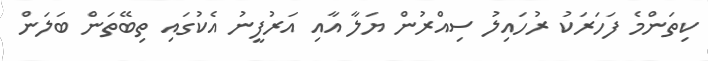
ކިތަންމެ ފަހަރަކު ރުހައިލު ސިއްރުން ޔަލާ އާއި އަރުފީނު އެކުގައި ތިބޭތަން ބަލަން